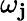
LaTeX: \omega_{\mathbf{j}}